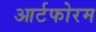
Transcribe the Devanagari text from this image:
आर्टफोरम